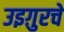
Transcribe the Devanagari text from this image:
उइग़ुरचे